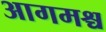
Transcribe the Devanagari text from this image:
आगमश्च